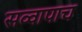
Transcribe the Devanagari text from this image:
सव्वापाच